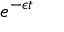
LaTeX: e ^ { - \epsilon t }